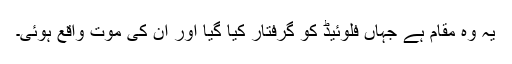
یہ وہ مقام ہے جہاں فلوئیڈ کو گرفتار کیا گیا اور اُن کی موت واقع ہوئی۔